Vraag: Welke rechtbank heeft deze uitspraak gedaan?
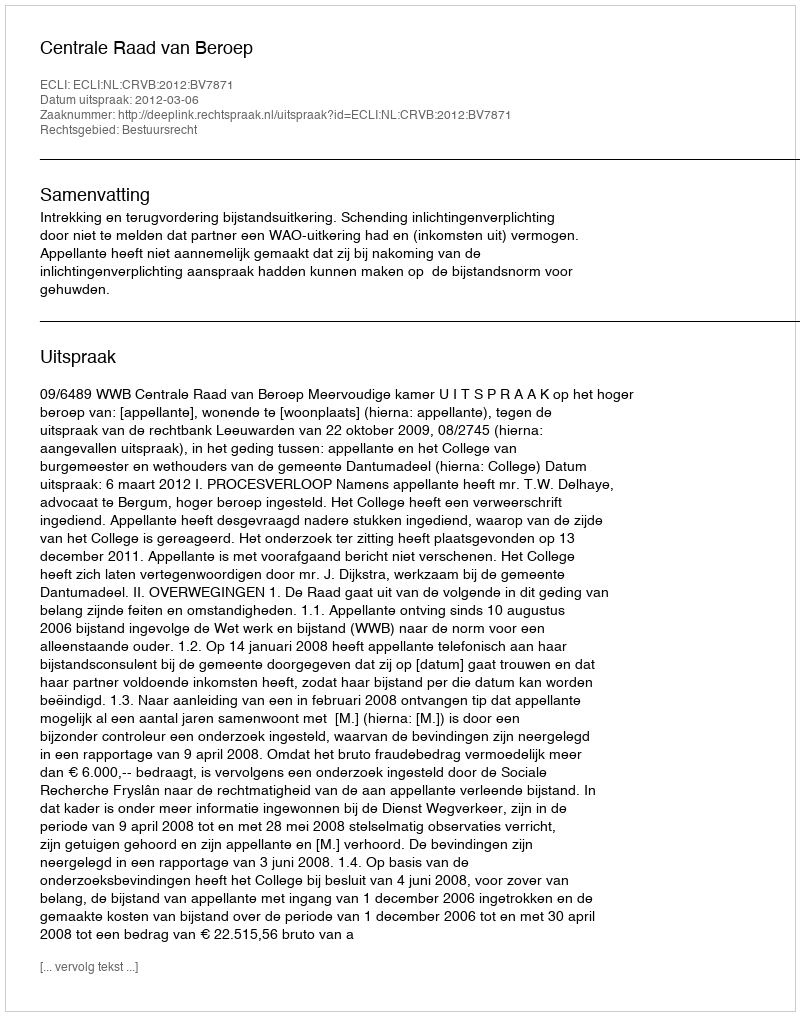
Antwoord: Centrale Raad van Beroep